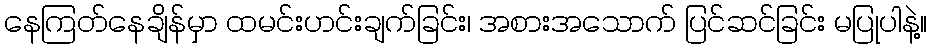
နေကြတ်နေချိန်မှာ ထမင်းဟင်းချက်ခြင်း၊ အစားအသောက် ပြင်ဆင်ခြင်း မပြုပါနဲ့။